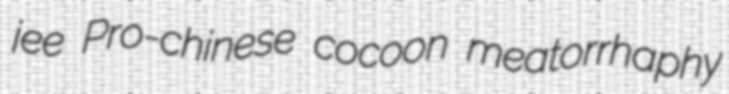
jee Pro-chinese cocoon meatorrhaphy